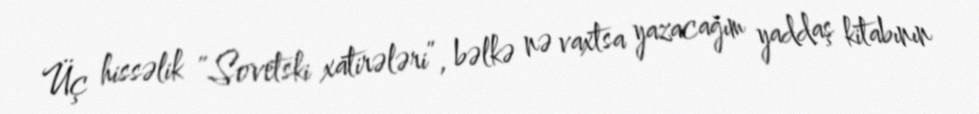
Üç hissəlik “Sovetski xatirələri”, bəlkə nə vaxtsa yazacağım yaddaş kitabının